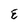
Character: E